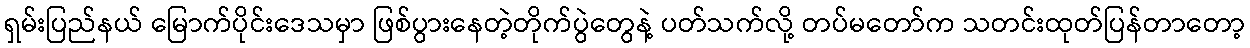
ရှမ်းပြည်နယ် မြောက်ပိုင်းဒေသမှာ ဖြစ်ပွားနေတဲ့တိုက်ပွဲတွေနဲ့ ပတ်သက်လို့ တပ်မတော်က သတင်းထုတ်ပြန်တာတော့